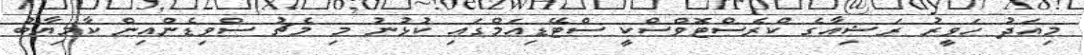
މިއަަދު ހަވީރު ރަޝިއާގެ ކްރެސްޓޮވްސްކީ ސްޓޭޑިއަމްގައި ކުޅުނު މި މެޗު ސްވިޑެންއިން ކާމިޔާބު